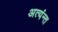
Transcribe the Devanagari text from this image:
अत्यंन्त